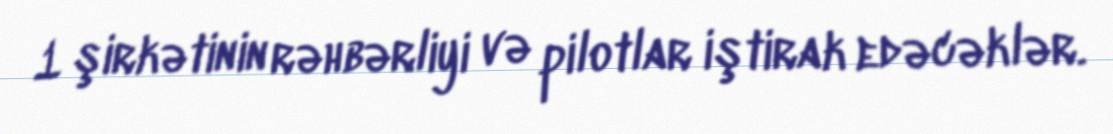
1 şirkətinin rəhbərliyi və pilotlar iştirak edəcəklər.